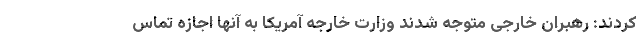
کردند: رهبران خارجی متوجه شدند وزارت خارجه آمریکا به آنها اجازه تماس